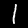
Digit: 1